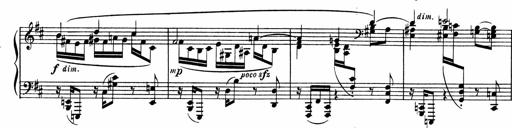
Title: Sonatine pour piano
Composer: Albert Roussel